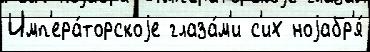
Имп'ера́торскоjе глаза́м'и с'их ноjабр'я́